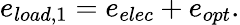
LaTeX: e_{load,1}=e_{elec}+e_{opt}.